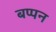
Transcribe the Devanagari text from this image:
बप्पन